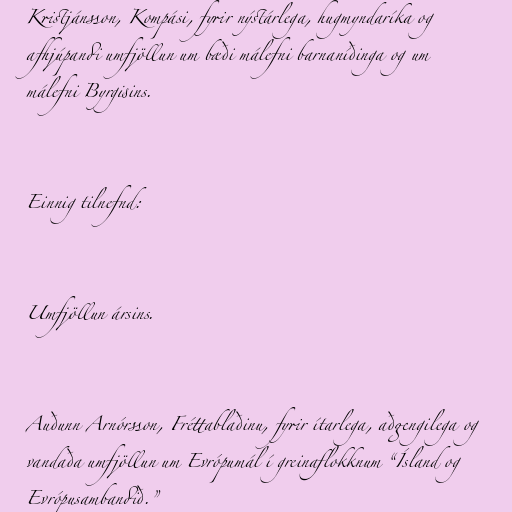
Kristjánsson, Kompási, fyrir nýstárlega, hugmyndaríka og
afhjúpandi umfjöllun um bæði málefni barnaníðinga og um
málefni Byrgisins.

Einnig tilnefnd:

Umfjöllun ársins.

Auðunn Arnórsson, Fréttablaðinu, fyrir ítarlega, aðgengilega og
vandaða umfjöllun um Evrópumál í greinaflokknum “Ísland og
Evrópusambandið.”